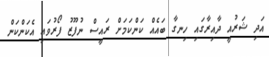
އަދި ޝަރުއީ ދާއިރާގައި ހިނގާ ބައެއް ކަންކަމަށް ރައީސް ނުފޫޒު ފޯރުވައި އެކަންކަން